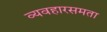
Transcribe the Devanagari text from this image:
व्यवहारसमता